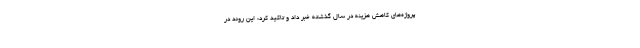
پروژه‌های کاهش هزینه در سال گذشته خبر داد و تاکید کرد:‌ این روند در